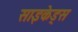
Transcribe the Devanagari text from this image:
साइकेड्स